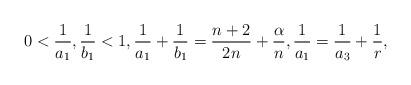
LaTeX: \begin{align*}0<\frac1{a_1}, \frac1{b_1}<1, \frac{1}{a_1}+\frac{1}{b_1}=\frac{n+2}{2n}+\frac{\alpha}{n},\frac{1}{a_1}=\frac{1}{a_3}+\frac{1}{r}, \end{align*}